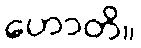
ဟောတိ။